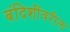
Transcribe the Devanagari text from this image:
बंदिशींवरील